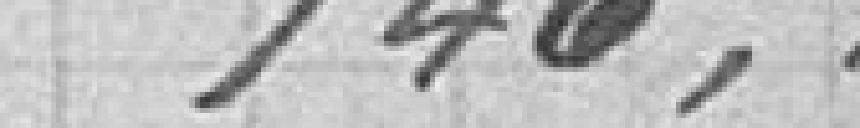
746,00